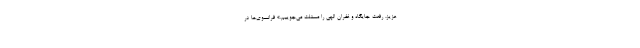
عزیز، رفعت جایگاه و غفران الهی را مسئلت می‌جوییم.» فرانسوی‌ها در